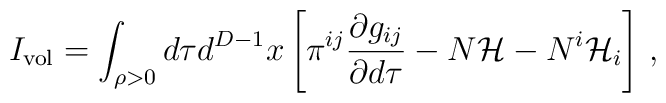
I_{\rm vol} = \int_{\rho >0} d\tau d^{D-1}x \left[\pi^{ij}\frac{\partial g_{ij}}{\partial d\tau}-N{\cal H} -N^i{\cal H}_i\right]\,,